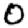
Digit: 0